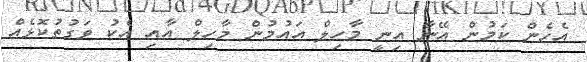
އެހެން ކަމުން އޭނާ އިނީ މާހިލް އައުމުން މާހިލް އާއި އެކު ވަގުތުކޮޅެއް